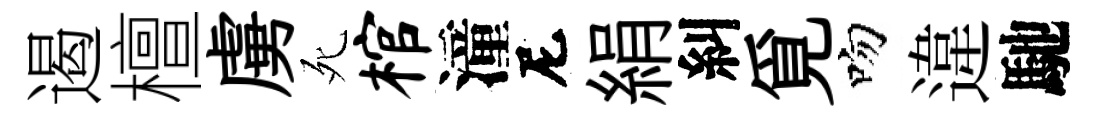
遏檀虜死棺潼尼絹糾覓吻違馳